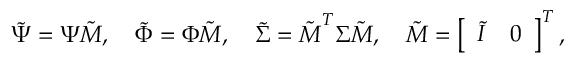
\boldsymbol { \tilde { \Psi } } = \boldsymbol { \Psi } \boldsymbol { \tilde { M } } , \quad \boldsymbol { \tilde { \Phi } } = \boldsymbol { \Phi } \boldsymbol { \tilde { M } } , \quad \boldsymbol { \tilde { \Sigma } } = \boldsymbol { \tilde { M } } ^ { T } \boldsymbol { \Sigma } \boldsymbol { \tilde { M } } , \quad \boldsymbol { \tilde { M } } = \left[ \begin{array} { l l } { \boldsymbol { \tilde { I } } } & { \boldsymbol { 0 } } \end{array} \right] ^ { T } ,